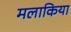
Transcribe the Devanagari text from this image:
मलाकिया